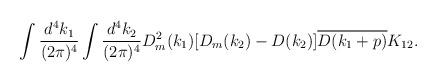
LaTeX: \begin{align*}\begin{array}{c}\displaystyle \int\frac{d^4k_1}{(2\pi)^4}\int\frac{d^4k_2}{(2\pi)^4} D_m^2(k_1)[D_m(k_2)-D(k_2)]\overline{D(k_1+p)}K_{12}.\end{array}\end{align*}